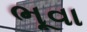
ભૂવા